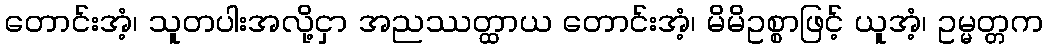
တောင်းအံ့၊ သူတပါးအလို့ငှာ အညဿတ္ထာယ တောင်းအံ့၊ မိမိဥစ္စာဖြင့် ယူအံ့၊ ဥမ္မတ္တက